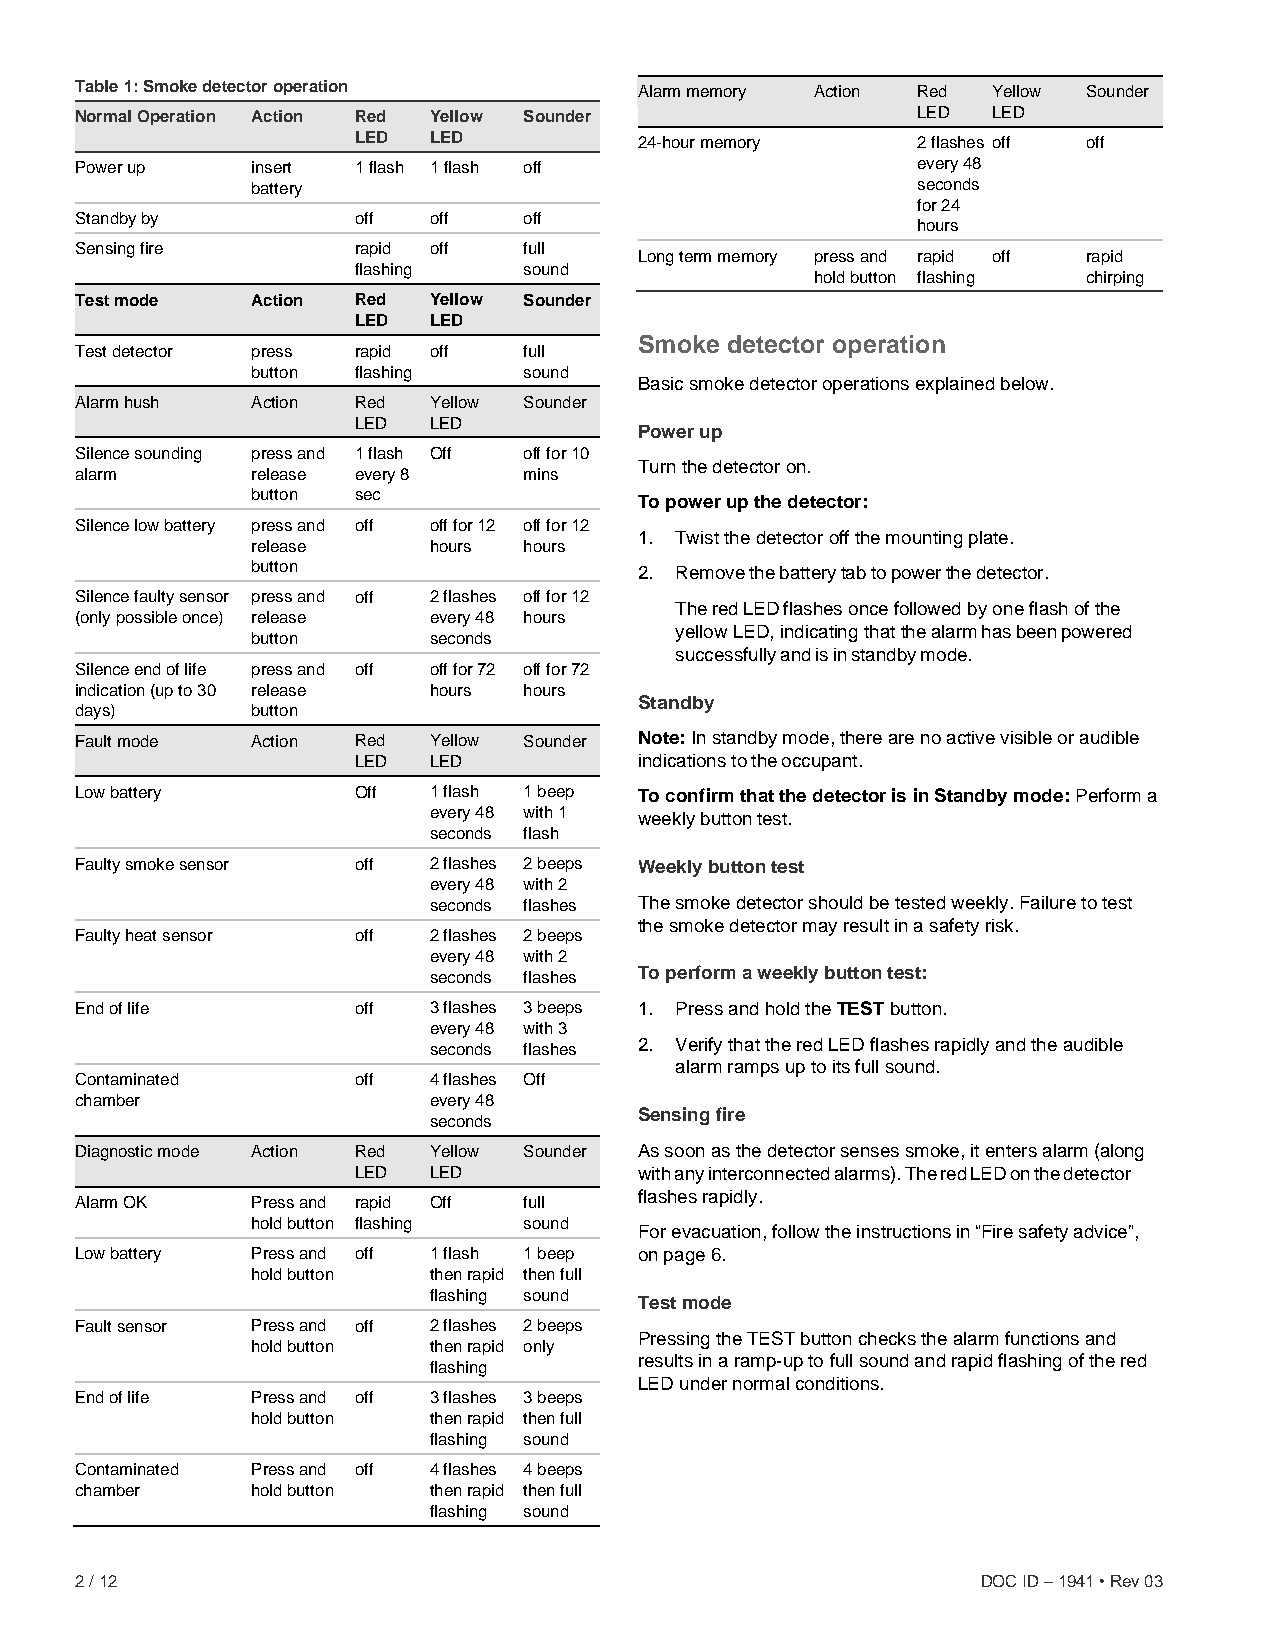
Table 1: Smoke detector operation    Alarm memory Action Red Yellow Sounder
 Normal Operation Action Red Yellow Sounder              LED  LED
 LED  LED           24-hour memory     2 flashes off off
 Power up    insert 1 flash 1 flash off                  every 48
 battery                                     seconds
 for 24
 Standby by        off  off    off
 hours
 Sensing fire      rapid off   full
 Long term memory press and rapid off rapid
 flashing    sound
 hold button flashing chirping
 Test mode   Action Red Yellow Sounder
 LED  LED
 Smoke detector operation
 Test detector press rapid off full
 button flashing   sound
 Basic smoke detector operations explained below.
 Alarm hush  Action Red Yellow Sounder
 LED  LED
 Power up
 Silence sounding press and 1 flash Off off for 10
 Turn the detector on.
 alarm       release every 8   mins
 button sec
 To power up the detector:
 Silence low battery press and off off for 12 off for 12
 1. Twist the detector off the mounting plate.
 release    hours  hours
 button                   2. Remove the battery tab to power the detector.
 Silence faulty sensor press and off 2 flashes off for 12
 The red LED flashes once followed by one flash of the
 (only possible once) release every 48 hours
 yellow LED, indicating that the alarm has been powered
 button     seconds
 successfully and is in standby mode.
 Silence end of life press and off off for 72 off for 72
 indication (up to 30 release hours hours
 Standby
 days)       button
 Fault mode  Action Red Yellow Sounder Note: In standby mode, there are no active visible or audible
 LED  LED           indications to the occupant.
 Low battery       Off  1 flash 1 beep To confirm that the detector is in Standby mode: Perform a
 every 48 with 1 weekly button test.
 seconds flash
 Faulty smoke sensor off 2 flashes 2 beeps Weekly button test
 every 48 with 2
 seconds flashes The smoke detector should be tested weekly. Failure to test
 the smoke detector may result in a safety risk.
 Faulty heat sensor off 2 flashes 2 beeps
 every 48 with 2
 seconds flashes To perform a weekly button test:
 End of life       off  3 flashes 3 beeps 1. Press and hold the TEST button.
 every 48 with 3
 seconds flashes 2. Verify that the red LED flashes rapidly and the audible
 alarm ramps up to its full sound.
 Contaminated      off  4 flashes Off
 chamber                every 48
 Sensing fire
 seconds
 Diagnostic mode Action Red Yellow Sounder As soon as the detector senses smoke, it enters alarm (along
 LED  LED           with any interconnected alarms). The red LED on the detector
 flashes rapidly.
 Alarm OK    Press and rapid Off full
 hold button flashing sound
 For evacuation, follow the instructions in “Fire safety advice”,
 Low battery Press and off 1 flash 1 beep on page 6.
 hold button then rapid then full
 flashing sound
 Test mode
 Fault sensor Press and off 2 flashes 2 beeps
 Pressing the TEST button checks the alarm functions and
 hold button then rapid only
 results in a ramp-up to full sound and rapid flashing of the red
 flashing
 LED under normal conditions.
 End of life Press and off 3 flashes 3 beeps
 hold button then rapid then full
 flashing sound
 Contaminated Press and off 4 flashes 4 beeps
 chamber     hold button then rapid then full
 flashing sound
 2 / 12                                                      DOC ID – 1941 • Rev 03